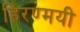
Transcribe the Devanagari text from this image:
हिरण्मयी